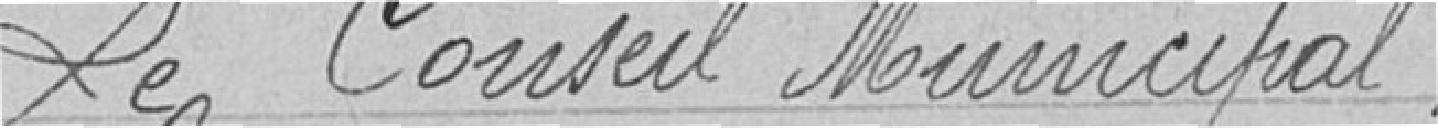
Le Conseil Municipal